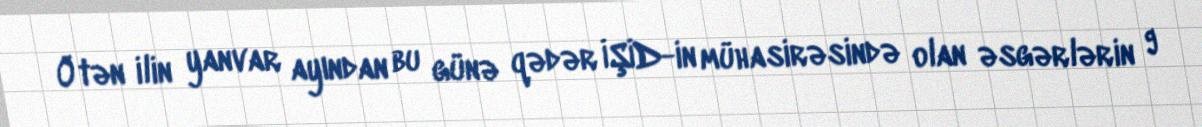
Ötən ilin yanvar ayından bu günə qədər İŞİD-in mühasirəsində olan əsgərlərin 9